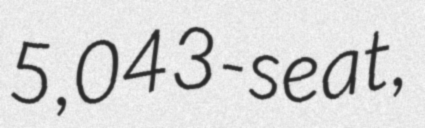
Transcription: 5,043-seat,